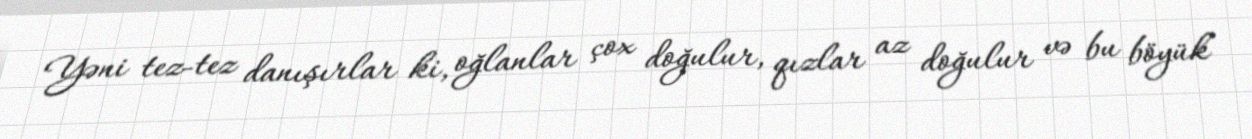
Yəni tez-tez danışırlar ki, oğlanlar çox doğulur, qızlar az doğulur və bu böyük